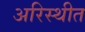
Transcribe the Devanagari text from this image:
अरिस्थीत